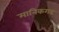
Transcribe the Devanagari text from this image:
मानिकगढ